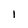
Character: l